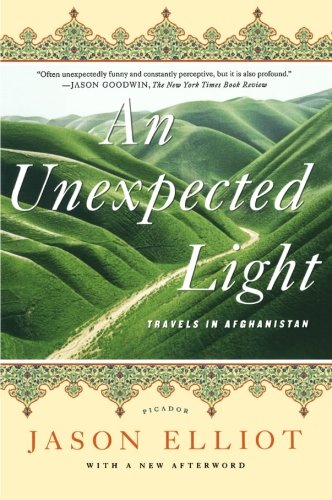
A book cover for An Unexpected Light: Travels in Afghanistan; Jason Elliot; Travel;